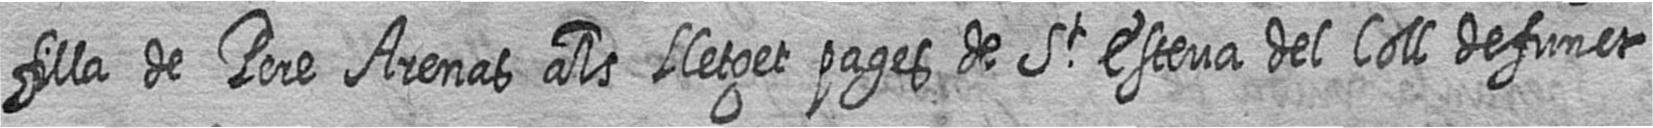
filla de Pere Arenas als lletget pages de St Esteva del Coll defunct